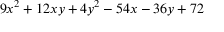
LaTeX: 9 x ^ { 2 } + 1 2 x y + 4 y ^ { 2 } - 5 4 x - 3 6 y + 7 2